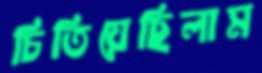
চিতিয়েছিলাম